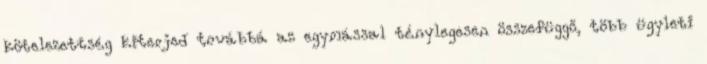
kötelezettség kiterjed továbbá az egymással ténylegesen összefüggő, több ügyleti